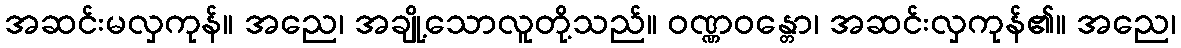
အဆင်းမလှကုန်။ အညေ၊ အချို့သောလူတို့သည်။ ဝဏ္ဏဝန္တော၊ အဆင်းလှကုန်၏။ အညေ၊